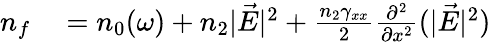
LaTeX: \begin{array}{rl}{n_{f}}&{{}=n_{0}(\omega)+n_{2}|\vec{E}|^{2}+\frac{n_{2}\gamma_{xx}}{2}\frac{\partial^{2}}{\partial x^{2}}(|\vec{E}|^{2})}\end{array}